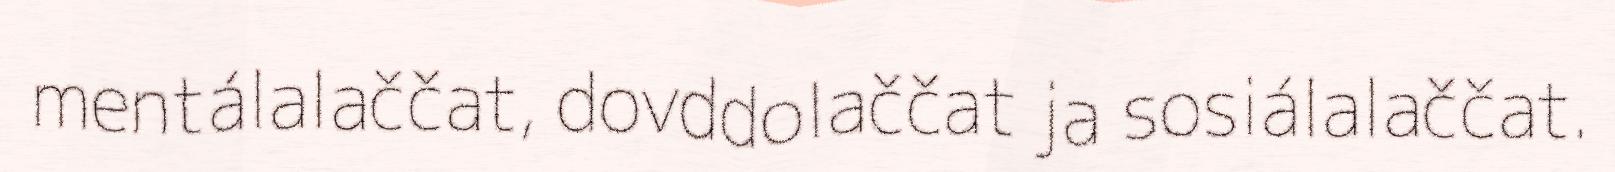
mentálalaččat, dovddolaččat ja sosiálalaččat.